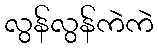
လွန်လွန်ကဲကဲ